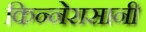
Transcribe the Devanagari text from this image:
किन्नेरासानी